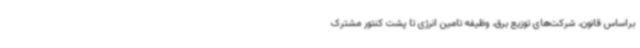
براساس قانون، شرکت‌های توزیع برق، وظیفه تامین انرژی تا پشت کنتور مشترک